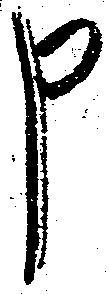
申